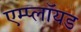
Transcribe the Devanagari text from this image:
एम्प्लॉयड